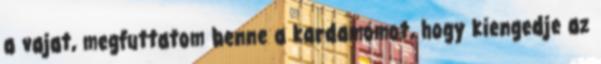
a vajat, megfuttatom benne a kardamomot, hogy kiengedje az